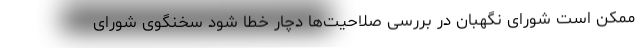
ممکن است شورای نگهبان در بررسی صلاحیت‌ها دچار خطا شود سخنگوی شورای